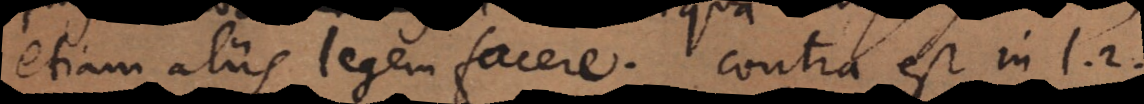
etiam aliis legem facere. Contra est in l. 2.